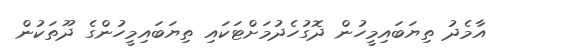
އާމެދު ތިޔަބައިމީހުން ދޮގުހެދުމަށްޓަކައި ތިޔަބައިމީހުންގެ ދޫތަކުން